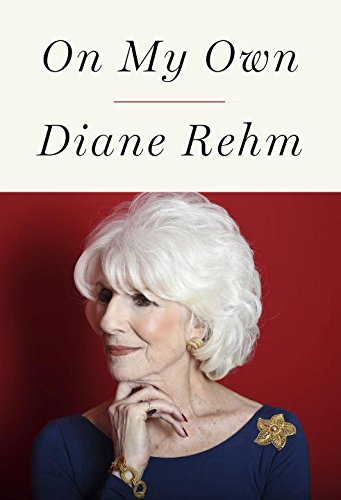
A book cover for On My Own; Diane Rehm; Health, Fitness & Dieting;